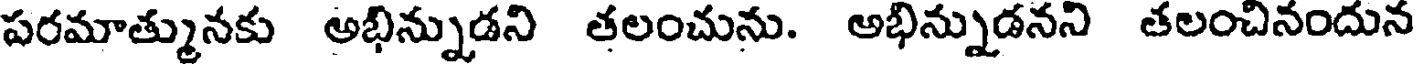
పరమాత్మునకు అభిన్నుడని తలంచును. అభిన్నుడనని తలంచినందున